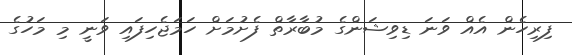
ފިރިހެން އެއް ވަނަ ޑިވިޝަންގެ މުބާރާތް ފެށުމަށް ހަމަޖެހިފައި ވަނީ މި މަހުގެ